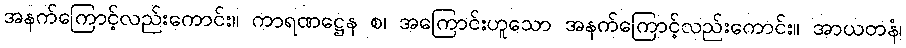
အနက်ကြောင့်လည်းကောင်း။ ကာရဏဋ္ဌေန စ၊ အကြောင်းဟူသော အနက်ကြောင့်လည်းကောင်း။ အာယတနံ၊